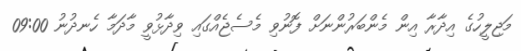
މަޖިލީހުގެ އިދާރާ އިން މެންބަރުންނަށް ފޮނުވި މެސެޖެއްގައި ވިދާޅުވީ މާދަމާ ހެނދުނު 09:00